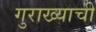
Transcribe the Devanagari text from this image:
गुराख्याची